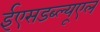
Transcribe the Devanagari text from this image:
ईएसडब्ल्यूएल